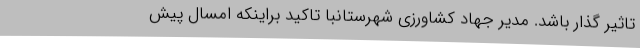
تاثیر گذار باشد. مدیر جهاد کشاورزی شهرستانبا تاکید براینکه امسال پیش